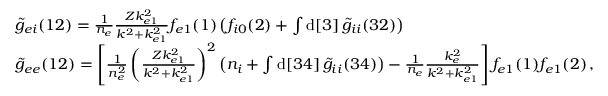
\begin{array} { r l } & { \widetilde { g } _ { e i } ( 1 2 ) = \frac { 1 } { n _ { e } } \frac { Z k _ { e 1 } ^ { 2 } } { k ^ { 2 } + k _ { e 1 } ^ { 2 } } f _ { e 1 } ( 1 ) \left( f _ { i 0 } ( 2 ) + \int \mathrm { d } [ 3 ] \, \widetilde { g } _ { i i } ( 3 2 ) \right) } \\ & { \widetilde { g } _ { e e } ( 1 2 ) = \left[ \frac { 1 } { n _ { e } ^ { 2 } } \left( \frac { Z k _ { e 1 } ^ { 2 } } { k ^ { 2 } + k _ { e 1 } ^ { 2 } } \right) ^ { 2 } \left( n _ { i } + \int \mathrm { d } [ 3 4 ] \, \widetilde { g } _ { i i } ( 3 4 ) \right) - \frac { 1 } { n _ { e } } \frac { k _ { e } ^ { 2 } } { k ^ { 2 } + k _ { e 1 } ^ { 2 } } \right] f _ { e 1 } ( 1 ) f _ { e 1 } ( 2 ) \, , } \end{array}